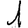
Digit: 1